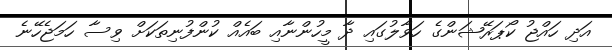
އަދި ހައްޖު ކޯޕަރޭޝަންގެ ހަވާލުގައި ދާ މީހުންނާއި ބައެއް ކުންފުނިތަކަށް ވިސާ ހަމަޖެހޭނެ